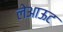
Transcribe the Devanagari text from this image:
लेअाऊट